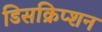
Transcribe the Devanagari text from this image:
डिसक्रिप्शन